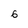
Character: 6